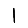
Digit: 1